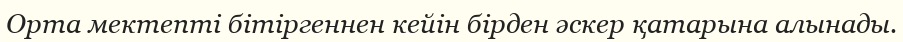
Орта мектепті бітіргеннен кейін бірден әскер қатарына алынады.